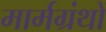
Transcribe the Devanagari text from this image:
मार्मग्रंथों